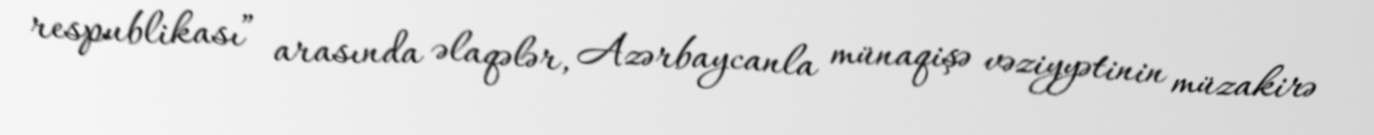
respublikası” arasında əlaqələr, Azərbaycanla münaqişə vəziyyətinin müzakirə